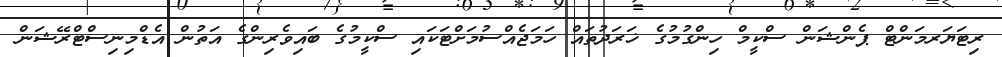
ރިޓަޔަރމަންޓް ޕެންޝަން ސްކީމް ހިންގުމުގެ ޚަރަދުތައް ހަމަޖެއްސުމަށްޓަކައި ސްކީމުގެ ބައިވެރިންގެ އަތުން އެޑްމިނިސްޓްރޭޝަން